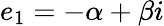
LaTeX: e_{1}=-\alpha+\beta i